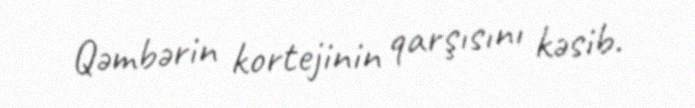
Qəmbərin kortejinin qarşısını kəsib.